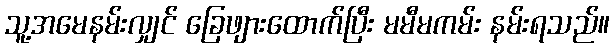
သူ့အမေနမ်းလျှင် ခြေဖျားထောက်ပြီး မမီမကမ်း နမ်းရသည်။